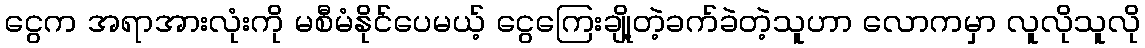
ငွေက အရာအားလုံးကို မစီမံနိုင်ပေမယ့် ငွေကြေးချို့တဲ့ခက်ခဲတဲ့သူဟာ လောကမှာ လူလိုသူလို